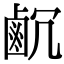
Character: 𪉛